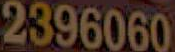
2396060